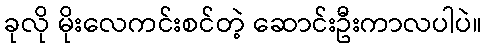
ခုလို မိုးလေကင်းစင်တဲ့ ဆောင်းဦးကာလပါပဲ။